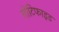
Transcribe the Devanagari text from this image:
नोटिफाइड